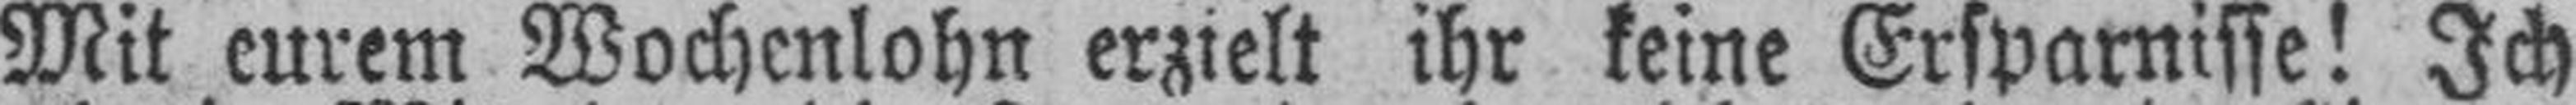
Mit eurem Wochenlohn erzielt ihr keine Ersparnisse! Ich